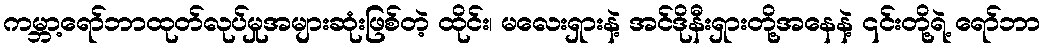
ကမ္ဘာ့ရော်ဘာထုတ်လုပ်မှုအများဆုံးဖြစ်တဲ့ ထိုင်း၊ မလေးရှားနဲ့ အင်ဒိုနီးရှားတို့အနေနဲ့ ၎င်းတို့ရဲ့ ရော်ဘာ